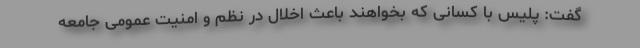
گفت: پلیس با کسانی که بخواهند باعث اخلال در نظم و امنیت عمومی جامعه